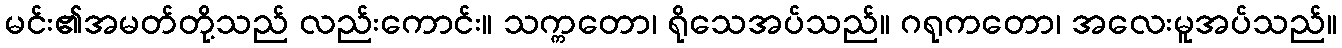
မင်း၏အမတ်တို့သည် လည်းကောင်း။ သက္ကတော၊ ရိုသေအပ်သည်။ ဂရုကတော၊ အလေးမူအပ်သည်။